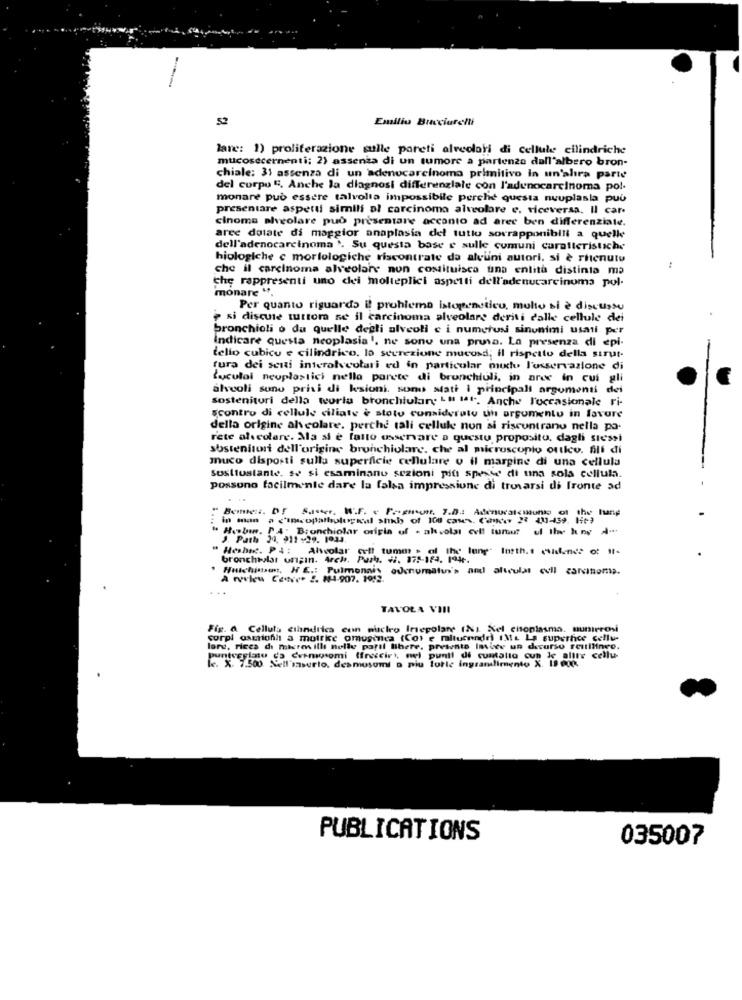
Emilio Bucciarelli
lare: 1) proliferazione sulle pareti alveolari di cellule cilindriche
mucosecernenti; 2) assenza di un tumore a partenza dall'albero bron-
chiale: 31 assenza di un adenocarcinoma primitivo in un'altra parte
del corpo ". Anche la diagnosi differenziale con l'adenocarcinoma pol.
monare può essere talvolta impossibile perché questa nuuplasla puù
presentare aspetti simili al carcinoma alveolare e. viceversa. Il car-
cinoma alveolare può presentare accanto ad arec ben differenziale.
aree dotate di maggior anaplasia del tutto sovrapponibili a quelle
dell'adenocarcinoma '. Su questa base e sulle comuni caratteristiche
biologiche c morfologiche riscontrate da alcuni autori. si è ritenuto
che il carcinoma alveolare non costituisca una entità distinta ma
the rappresenti uno dei molteplici aspetti dell'adenucarcinoma pol-
monare ".
Per quanto riguarda il problema istopenstico, molto si è discussu
, si discute tuttora se il carcinoma alveolare deriti dalle cellule dei
bronchioli o du quelle degli alveoli c i numerosi sinonimi usati per
Indicare questa neoplasia'. ne sono una prusa. La presenza di epi-
tello cubicu e cilindrico. lo secrezione mucusd; il rispetto della strut-
tura dei senti interolycolari ed in particolar mudu l'osservazione di
Luculal neuplastici nella parete di bronchiuli, in aree in cui gli
alveoli sono privi di ksioni. sono stati i principali argomenti dei
sostenitori della worla bronchiulan; Lu lar. Anche l'occasionale ri-
scontro di cellule ciliate è stoto considerato un argumento in favore
della origine alscolare. perché tali cellule non si riscontrano nella pa-
rete alscolare. Ma si è fatto osservare a questo proposito, dagli stessi
sostenitori dell'origine bronchiolare, che al microscopio ortico. Ali di
muco disposti sulla superficie cellulare v il margine di una cellula
Sostiustante. se si esaminano sezioni più spese di una sola cellula.
possono facilmente dare la falsa impressione di trovarsi di fronte ad
Sauter, W.F. v Pagnon. 7.0 .: Adenucat<iunio of the hang
in man a cincopathological shih of 100 case. Cancer 23 431-439. He3
Hobi. PA' Bronchiolar origla uf . alsvolat cvl! tumot
ul the huny A-
J. Path 24, 911 -29. 1934.
" Heshit. PA: Alveolar
bronchivlas orgin. Arch. Parh. #. 175-184. 194.
Alveolar cell tume , low.
Huishistos, NE .: Pulmonais adenomaton's and altculas cell carcinoma.
A ryview Conse. 2. 84-907. 1912.
TAVOLA VIII
Fig. A Cellula cilindrico con waciro Irregolare (%). Nel citoplasma. numerosi
corpi osmiohh a moirke omusica (Co) e mitucnndr) IM. La superfice cellu-
lore, ricca di micren illi nelle paril libere, presente Inice un decurso reutilingo.
punteggiasu da Cermigsomi (fraccirt, nel punti di cuntalto cun ic altre cellu-
le. X. 1.500 Nell'masurto. desmusumi o niu forte ingrandimento X. I9 0
PUBLICATIONS
035007